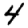
Digit: 4